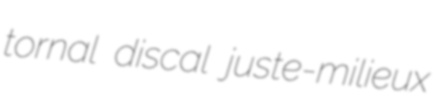
tornal discal juste-milieux